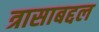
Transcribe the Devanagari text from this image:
त्रासाबद्दल